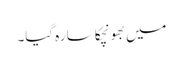
میں بھونچکا سا رہ گیا۔